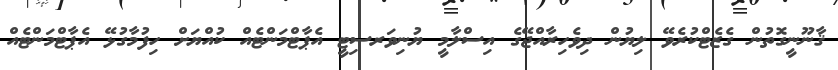
ޤާނޫނީގޮތުން ގެޒެޓްކުރެވޭ ލިޔުން ދިވެހިރާއްޖޭގެ އިސްލާމީ ޔުނިވަރސިޓީ އެޕާޓްމަންޓެއް ކުއްޔަށް ހިފުމާގުޅޭ އެޕާޓްމަންޓެއް